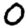
Digit: 0